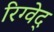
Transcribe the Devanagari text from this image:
रिग्वेद्